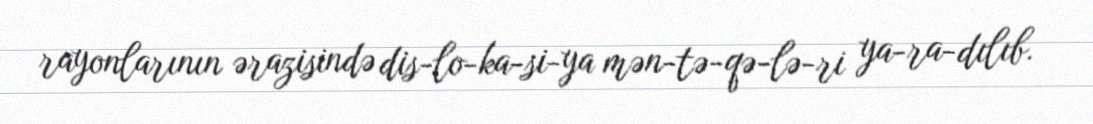
rayonlarının ərazisində dis­lo­ka­si­ya mən­tə­qə­lə­ri ya­ra­dılıb.